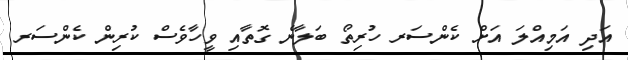
އަދި އަމިއްލަ އަށް ކެންސަރ ހުރިތޯ ބަލާނެ ގޮތާއި ވީހާވެސް ކުރިން ކެންސަރ